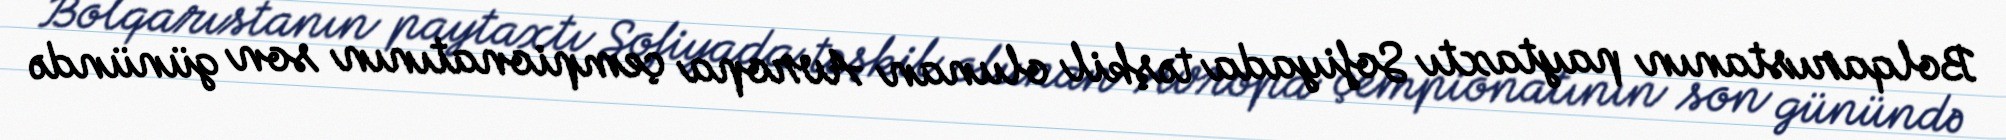
Bolqarıstanın paytaxtı Sofiyada təşkil olunan Avropa çempionatının son günündə